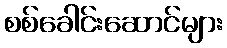
စစ်ခေါင်းဆောင်များ